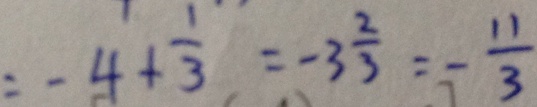
= - 4 + \frac { 1 } { 3 } = - 3 \frac { 2 } { 3 } = - \frac { 1 1 } { 3 }